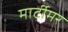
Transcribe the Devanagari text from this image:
मार्टीमर